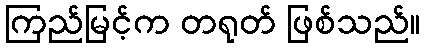
ကြည်မြင့်က တရုတ် ဖြစ်သည်။